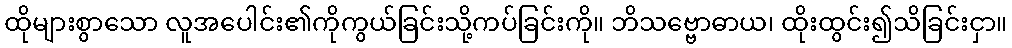
ထိုများစွာသော လူအပေါင်း၏ကိုကွယ်ခြင်းသို့ကပ်ခြင်းကို။ ဘိသဗ္ဗောဓာယ၊ ထိုးထွင်း၍သိခြင်းငှာ။